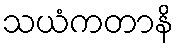
သယံကတာနိ